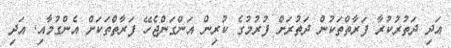
އަދި ދަތުރުކުރާ ފަރާތްތަކުން ދަތުރަށް ފުރުމުގެ ކުރިން އަންގަންޖެހޭ ފަރާތްތަކަށް އެންގުމާއި